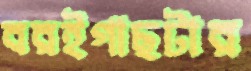
বরইগাছটার